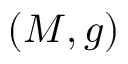
( M , g )